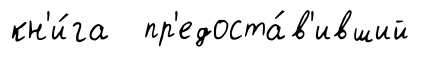
кн'и́га пр'едоста́в'ивший